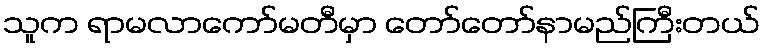
သူက ရာမလာကော်မတီမှာ တော်တော်နာမည်ကြီးတယ်